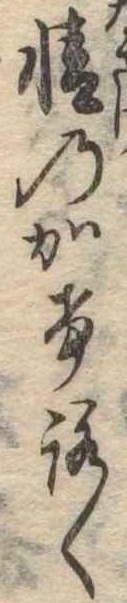
情のかけろく